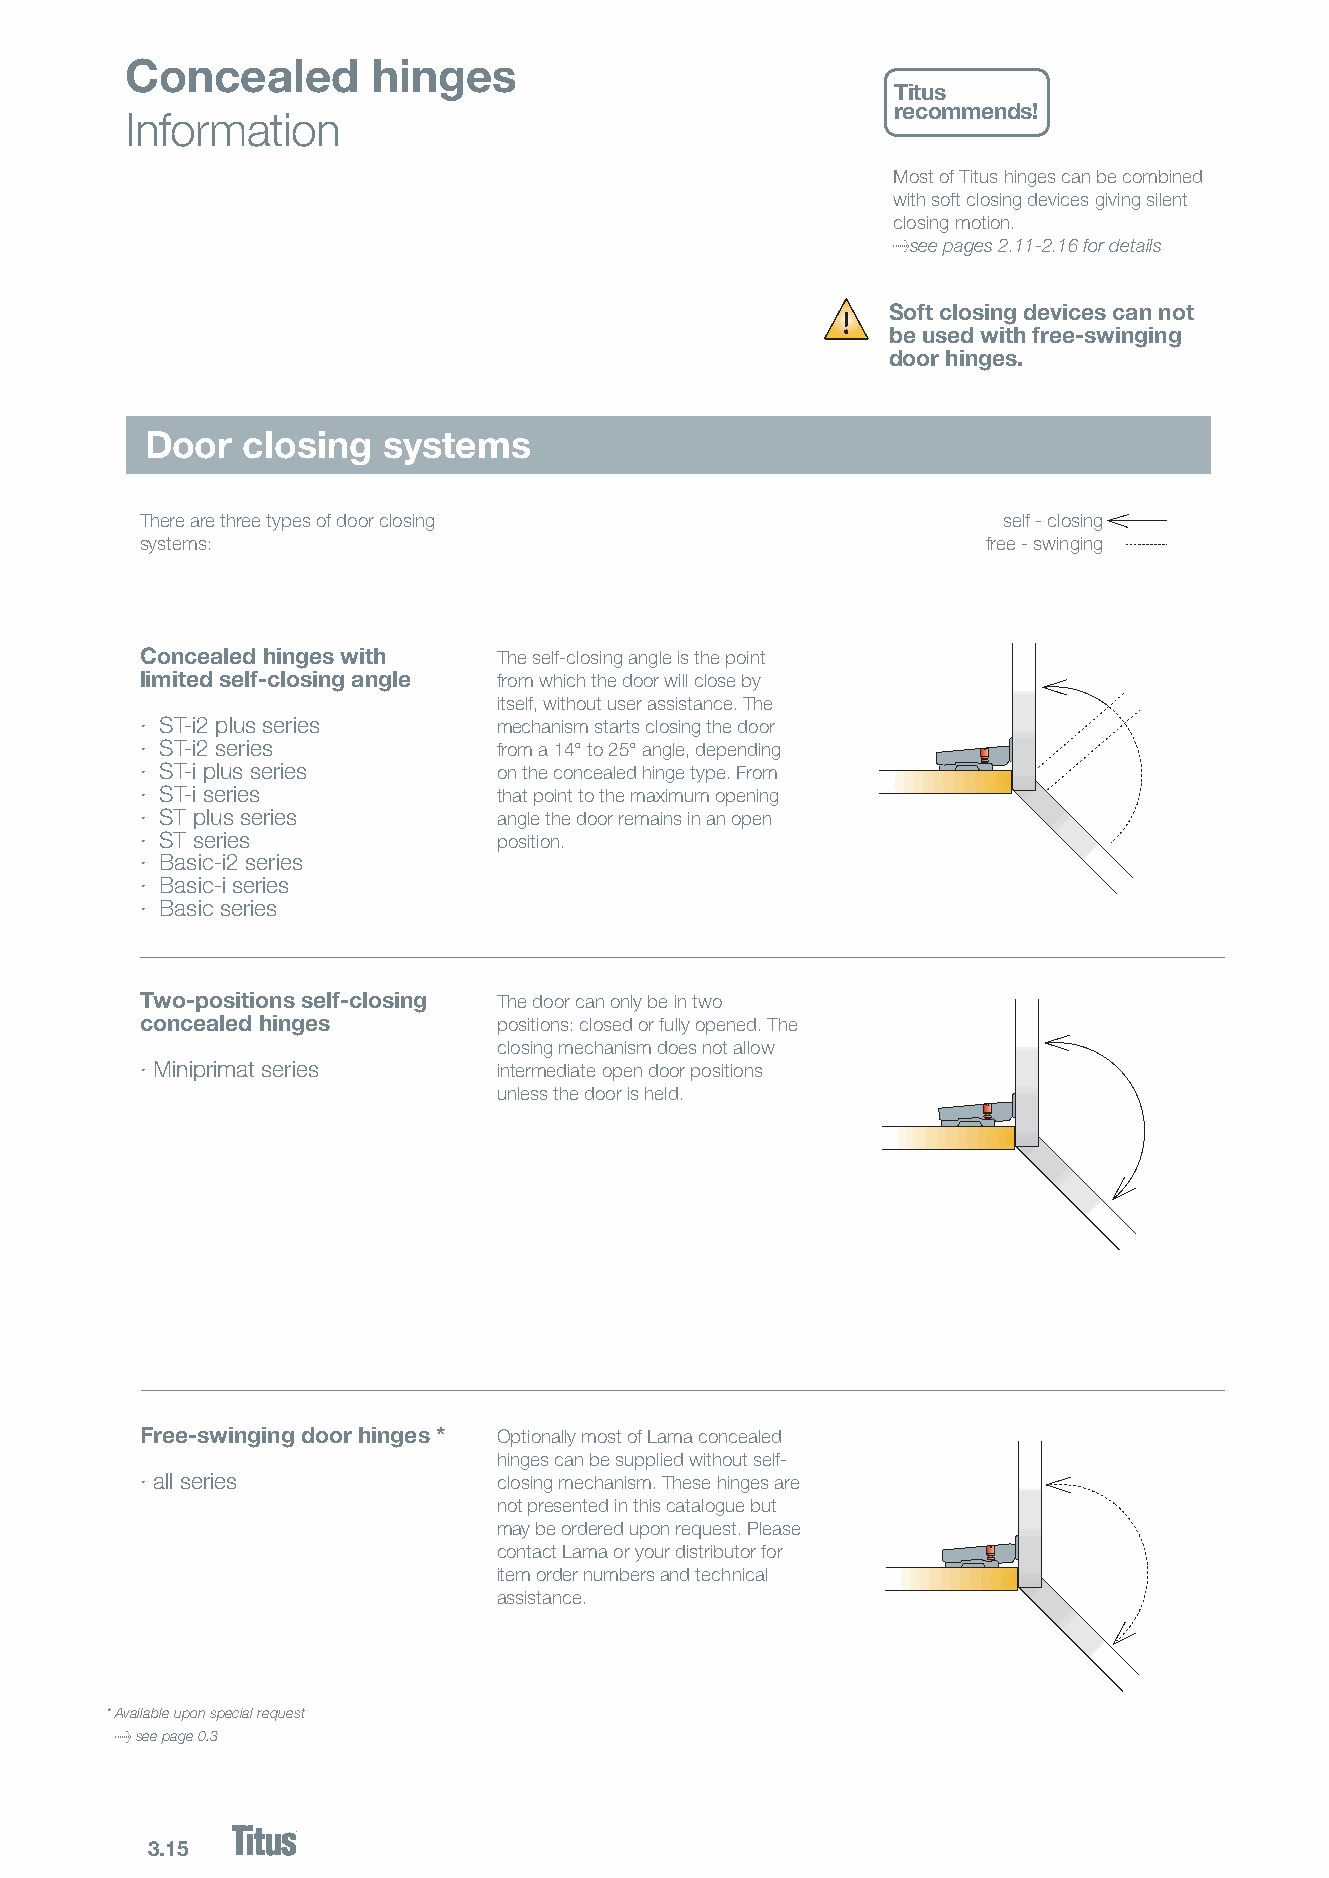
Concealed        hinges
 Titus
 recommends!
 Information
 Most of Titus hinges can be combined
 with soft closing devices giving silent
 closing motion.
 >see pages 2.11-2.16 for details
 Soft closing devices can not
 be used with free-swinging
 door hinges.
 Door  closing  systems
 There are three types of door closing                    self - closing
 systems:                                                free - swinging
 Concealed hinges with   The self-closing angle is the point
 limited self-closing angle from which the door will close by
 itself, without user assistance. The
 · ST-i2 plus series     mechanism starts closing the door
 · ST-i2 series          from a 14° to 25° angle, depending
 · ST-i plus series      on the concealed hinge type. From
 · ST-i series           that point to the maximum opening
 · ST plus series        angle the door remains in an open
 · ST series             position.
 · Basic-i2 series
 · Basic-i series
 · Basic series
 Two-positions self-closing The door can only be in two
 concealed hinges        positions: closed or fully opened. The
 closing mechanism does not allow
 · Miniprimat series     intermediate open door positions
 unless the door is held.
 Free-swinging door hinges * Optionally most of Lama concealed
 hinges can be supplied without self-
 · all series            closing mechanism. These hinges are
 not presented in this catalogue but
 may be ordered upon request. Please
 contact Lama or your distributor for
 item order numbers and technical
 assistance.
 * Available upon special request
 > see page 0.3
 3.15